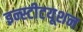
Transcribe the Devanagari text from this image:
इन्स्टीटयूशन